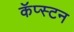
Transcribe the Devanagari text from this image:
कॅप्स्टन